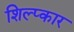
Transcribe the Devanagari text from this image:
शिल्प्कार